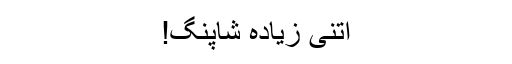
اتنی زیادہ شاپنگ!